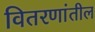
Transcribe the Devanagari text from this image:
वितरणांतील